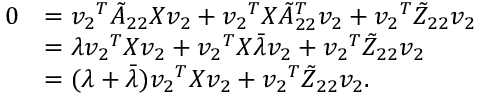
\begin{array} { r l } { 0 } & { = { v _ { 2 } } ^ { T } \tilde { A } _ { 2 2 } X { v _ { 2 } } + { v _ { 2 } } ^ { T } X \tilde { A } _ { 2 2 } ^ { T } { v _ { 2 } } + { v _ { 2 } } ^ { T } \tilde { Z } _ { 2 2 } { v _ { 2 } } } \\ & { = \lambda { { v _ { 2 } } ^ { T } } X { v _ { 2 } } + { v _ { 2 } } ^ { T } X \bar { \lambda } { v _ { 2 } } + { v _ { 2 } } ^ { T } \tilde { Z } _ { 2 2 } { v _ { 2 } } } \\ & { = ( \lambda + \bar { \lambda } ) { v _ { 2 } } ^ { T } X { v _ { 2 } } + { v _ { 2 } } ^ { T } \tilde { Z } _ { 2 2 } { v _ { 2 } } . } \end{array}